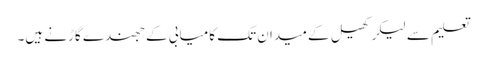
تعلیم سے لیکر کھیل کے میدان تک کامیابی کے جھندے گاڑنے ہیں۔